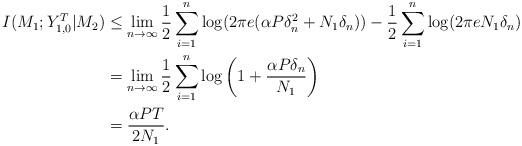
LaTeX: \begin{align*}I(M_1; Y_{1, 0}^T|M_2) & \leq \lim_{n \to \infty} \frac{1}{2} \sum_{i=1}^n \log (2 \pi e (\alpha P \delta_n^2 + N_1 \delta_n)) - \frac{1}{2} \sum_{i=1}^n \log (2 \pi e N_1 \delta_n)\\& = \lim_{n \to \infty} \frac{1}{2} \sum_{i=1}^n \log \left(1+ \frac{\alpha P \delta_n}{N_1}\right)\\&=\frac{\alpha P T}{2N_1}.\end{align*}